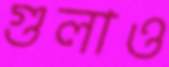
গুলাও